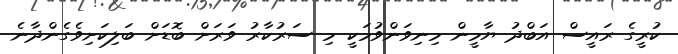
ކުރީގެ ރައީސް އަބްދު ޔާމީން މިނިވަންވުމަކީ މި ސަރުކާރު ވަރަށް ބޮޑަށް ބަލިކަށިވެގެންދާނެ